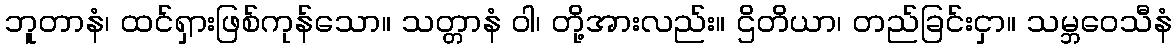
ဘူတာနံ၊ ထင်ရှားဖြစ်ကုန်သော။ သတ္တာနံ ဝါ၊ တို့အားလည်း။ ဌိတိယာ၊ တည်ခြင်းငှာ။ သမ္ဘဝေသီနံ